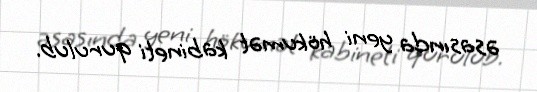
əsasında yeni hökumət kabineti qurulub.